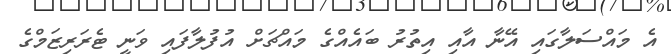
އެ މައްސަލާގައި އޭނާ އާއި އިތުރު ބައެއްގެ މައްޗަށް އުފުލާފައި ވަނީ ޓެރަރިޒަމްގެ